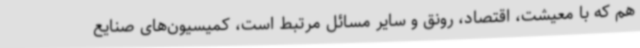
هم که با معیشت، اقتصاد، رونق و سایر مسائل مرتبط است، کمیسیون‌های صنایع